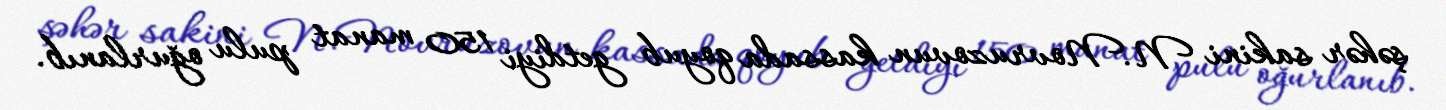
şəhər sakini N.Novruzovun kassada qoyub getdiyi 150 manat pulu oğurlanıb.